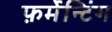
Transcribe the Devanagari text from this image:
फ़र्मेन्टिंग